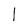
Character: h